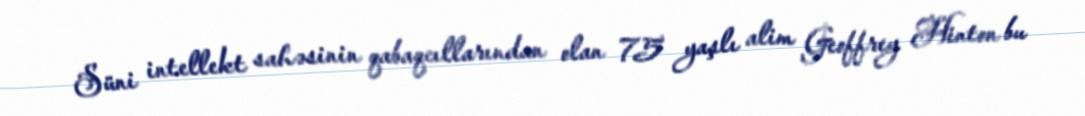
Süni intellekt sahəsinin qabaqcıllarından olan 75 yaşlı alim Geoffrey Hinton bu